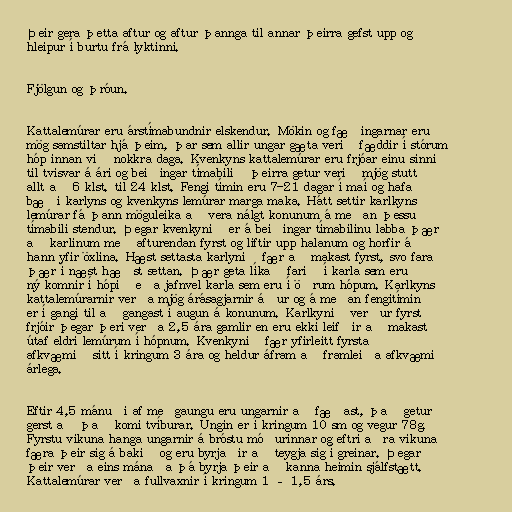
Þeir gera þetta aftur og aftur þannga til annar þeirra gefst upp og
hleipur í burtu frá lyktinni.

Fjölgun og þróun.

Kattalemúrar eru árstímabundnir elskendur. Mökin og fæðingarnar eru
mög samstiltar hjá þeim, þar sem allir ungar gæta verið fæddir í stórum
hóp innan við nokkra daga. Kvenkyns kattalemúrar eru frjóar einu sinni
til tvisvar á ári og beiðingar tímabilið þeirra getur verið mjög stutt
allt að 6 klst. til 24 klst. Fengi tímin eru 7-21 dagar í maí og hafa
bæði karlyns og kvenkyns lemúrar marga maka. Hátt settir karlkyns
lemúrar fá þann möguleika að vera nálgt konunum á meðan þessu
tímabili stendur. Þegar kvenkynið er á beiðingar tímabilinu labba þær
að karlinum með afturendan fyrst og liftir upp halanum og horfir á
hann yfir öxlina. Hæst settasta karlynið fær að makast fyrst, svo fara
þær í næst hæðst settan. Þær geta líkað farið í karla sem eru
ný komnir í hópið eða jafnvel karla sem eru í öðrum hópum. Karlkyns
kattalemúrarnir verða mjög árásagjarnir áður og á meðan fengitímin
er í gangi til að gangast í augun á konunum. Karlkynið verður fyrst
frjóir þegar þeri verða 2,5 ára gamlir en eru ekki leifðir að makast
útaf eldri lemúrum í hópnum. Kvenkynið fær yfirleitt fyrsta
afkvæmið sitt í kringum 3 ára og heldur áfram að framleiða afkvæmi
árlega.

Eftir 4,5 mánuði af meðgaungu eru ungarnir að fæðast, það getur
gerst að það komi tvíburar. Ungin er í kringum 10 sm og vegur 78g.
Fyrstu vikuna hanga ungarnir á bróstu móðurinnar og eftri aðra vikuna
færa þeir sig á bakið og eru byrjaðir að teygja sig í greinar. Þegar
þeir verða eins mánaða þá byrja þeir að kanna heimin sjálfstætt.
Kattalemúrar verða fullvaxnir í kringum 1 – 1,5 árs.